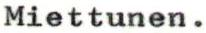
Miettunen.